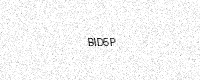
Text: BID5P